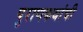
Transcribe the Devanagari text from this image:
पुराणकथांची